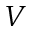
V